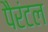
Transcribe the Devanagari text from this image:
पैरंटल